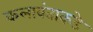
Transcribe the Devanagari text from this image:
कलावंताकडे